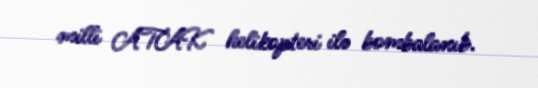
milli ATAK helikopteri ilə bombalanıb.